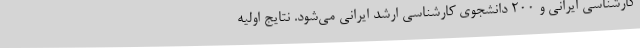
کارشناسی ایرانی و ۲۰۰ دانشجوی کارشناسی ارشد ایرانی می‌شود. نتایج اولیه